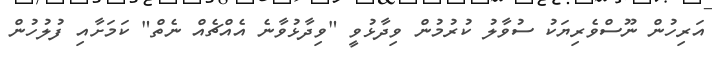
އަރިހުން ނޫސްވެރިޔަކު ސުވާލު ކުރުމުން ވިދާޅުވީ "ވިދާޅުވާނެ އެއްޗެއް ނެތް" ކަމަށާއި ފުލުހުން